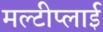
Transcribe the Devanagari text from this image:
मल्टीप्लाई